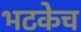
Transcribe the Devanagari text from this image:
भटकेच